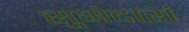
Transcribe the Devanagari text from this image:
सुभेदारां